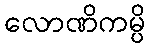
လောဏိကမ္ပိ